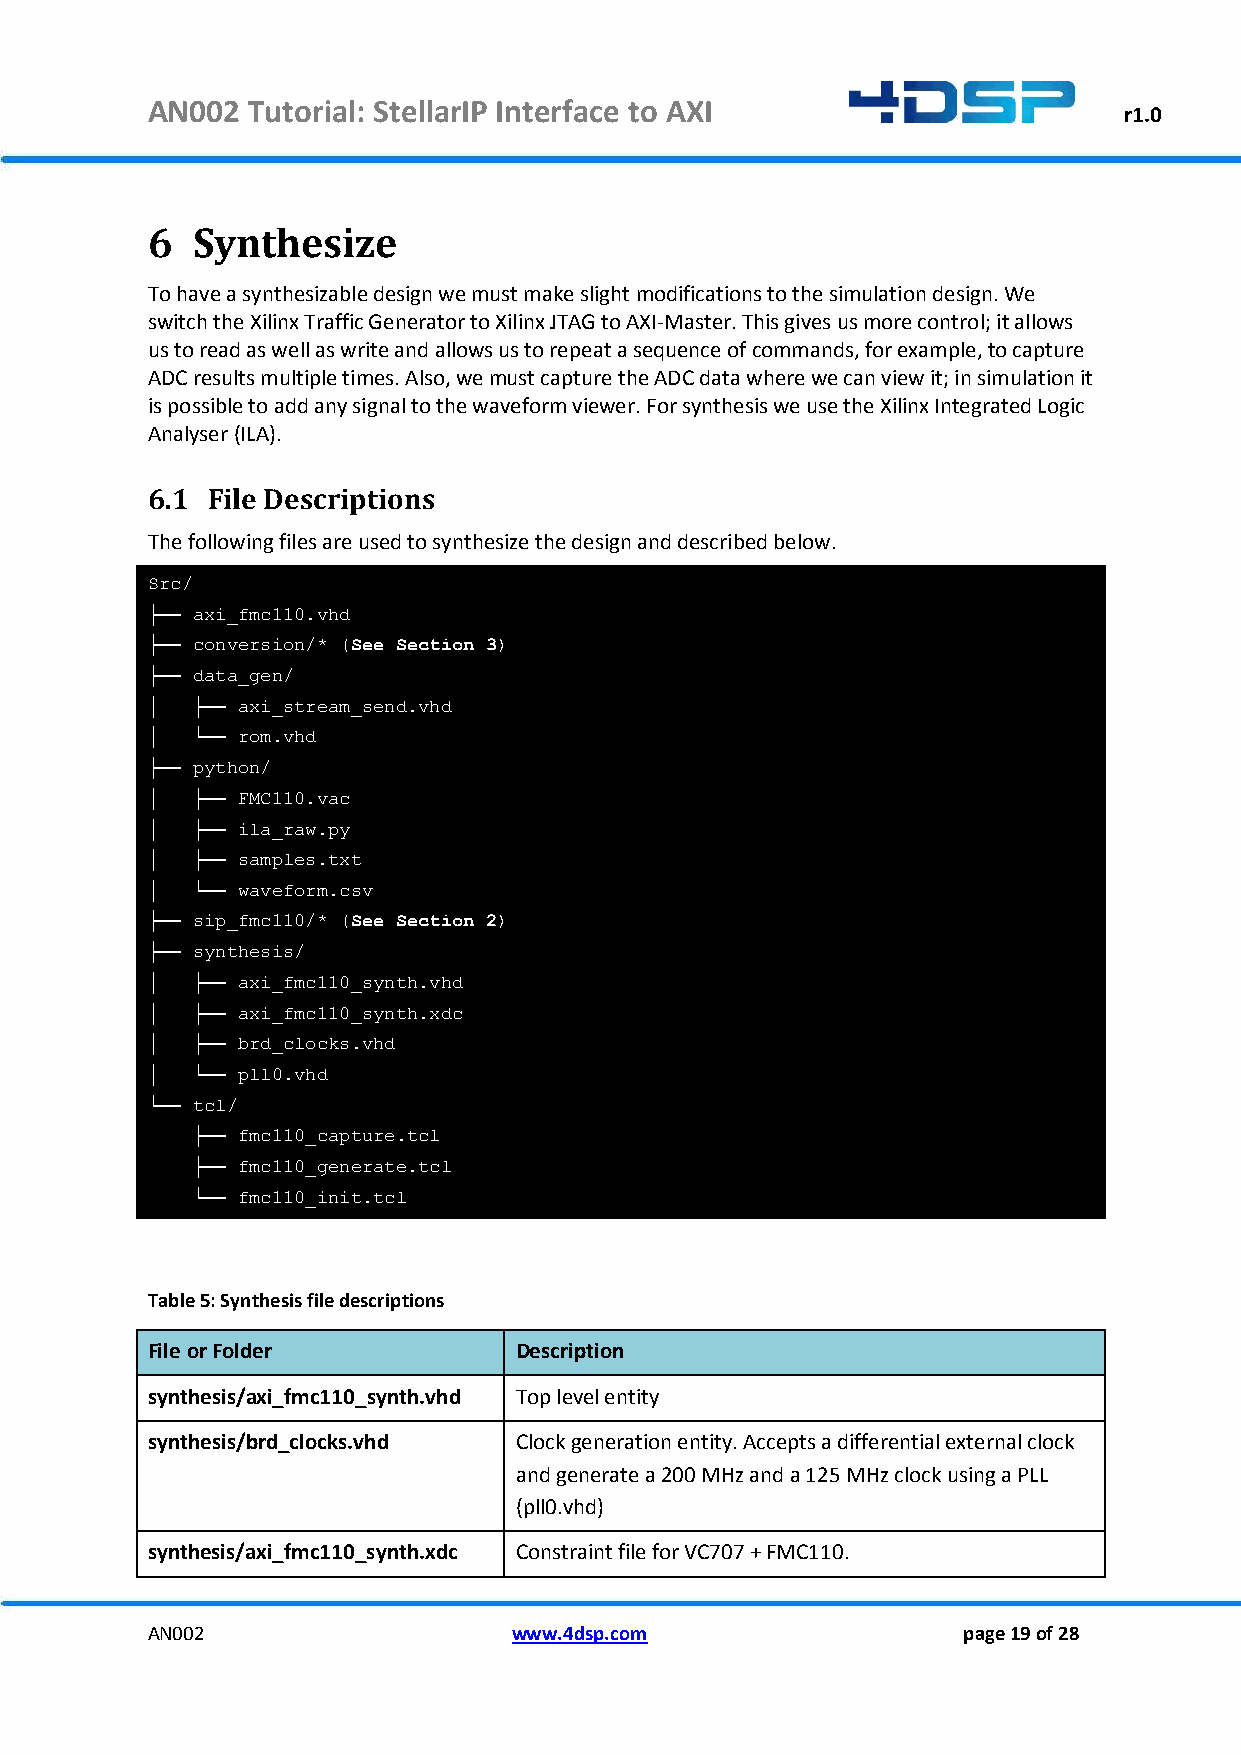
AN002 Tutorial: StellarIP Interface to AXI
 r1.0
 6  Synthesize
 To have a synthesizable design we must make slight modifications to the simulation design. We
 switch the Xilinx Traffic Generator to Xilinx JTAG to AXI-Master. This gives us more control; it allows
 us to read as well as write and allows us to repeat a sequence of commands, for example, to capture
 ADC results multiple times. Also, we must capture the ADC data where we can view it; in simulation it
 is possible to add any signal to the waveform viewer. For synthesis we use the Xilinx Integrated Logic
 Analyser (ILA).
 6.1 File Descriptions
 The following files are used to synthesize the design and described below.
 Src/
 ├── axi_fmc110.vhd
 ├── conversion/* (See Section 3)
 ├── data_gen/
 │  ├── axi_stream_send.vhd
 │  └── rom.vhd
 ├── python/
 │  ├── FMC110.vac
 │  ├── ila_raw.py
 │  ├── samples.txt
 │  └── waveform.csv
 ├── sip_fmc110/* (See Section 2)
 ├── synthesis/
 │  ├── axi_fmc110_synth.vhd
 │  ├── axi_fmc110_synth.xdc
 │  ├── brd_clocks.vhd
 │  └── pll0.vhd
 └── tcl/
 ├── fmc110_capture.tcl
 ├── fmc110_generate.tcl
 └── fmc110_init.tcl
 Table 5: Synthesis file descriptions
 File or Folder          Description
 synthesis/axi_fmc110_synth.vhd Top level entity
 synthesis/brd_clocks.vhd Clock generation entity. Accepts a differential external clock
 and generate a 200 MHz and a 125 MHz clock using a PLL
 (pll0.vhd)
 synthesis/axi_fmc110_synth.xdc Constraint file for VC707 + FMC110.
 AN002                   www.4dsp.com                  page 19 of 28